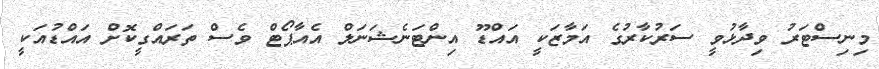
މިނިސްޓަރު ވިދާޅުވީ ސަރުކާރުގެ އަމާޒަކީ އައްޑޫ އިންޓަނެޝަނަލް އެއާޕޯޓް ވެސް ތަރައްގީކޮށް އައްޑުއަކީ